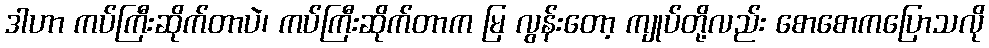
ဒါဟာ ကပ်ကြီးဆိုက်တာပဲ၊ ကပ်ကြီးဆိုက်တာက မြ လွန်းတော့ ကျုပ်တို့လည်း စောစောကပြောသလို